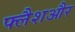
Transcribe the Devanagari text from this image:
फ्लैशऔर